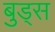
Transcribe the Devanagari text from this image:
बुड्स